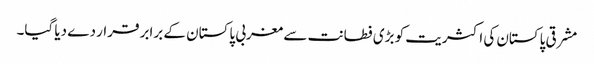
مشرقی پاکستان کی اکثریت کو بڑی فطانت سے مغربی پاکستان کے برابر قرار دے دیا گیا۔